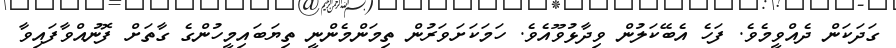
ގަދަކަން ދެއްވީމެވެ. ފަހެ އެބޭކަލުން ވިދާޅުވޫއެވެ. ހަމަކަށަވަރުން ތިމަންމެންނީ ތިޔަބައިމީހުންގެ ގާތަށް ފޮނުއްވާފައިވާ